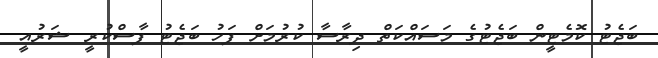
ބަޖެޓު ކޮމެޓީން ބަޖެޓުގެ މަސައްކަތް ދިރާސާ ކުރުމަށް ފަހު ބަޖެޓު ފާސްކުރީ ޝަރުއީ